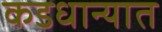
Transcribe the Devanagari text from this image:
कडधान्यात